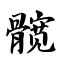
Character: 髋